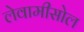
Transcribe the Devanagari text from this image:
लेवामीसोल